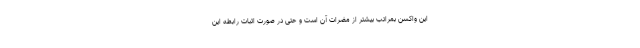
این واکسن بمراتب بیشتر از مضرات آن است و حتی در صورت اثبات رابطه این